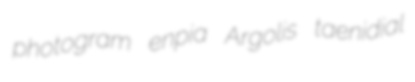
photogram enpia Argolis taenidial